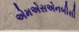
એમએસએનબીસી